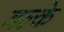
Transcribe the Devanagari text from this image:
बल्के